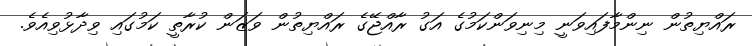
ރައްޔިތުން ނިންމާފައިވަނީ މިނިވަންކަމުގެ އަގު ރާއްޖޭގެ ރައްޔިތުން ވަޒަން ކުރާތީ ކަމުގައި ވިދާޅުވިއެވެ.